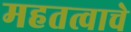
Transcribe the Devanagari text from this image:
महतत्वाचे